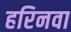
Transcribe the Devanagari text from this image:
हरिनवा